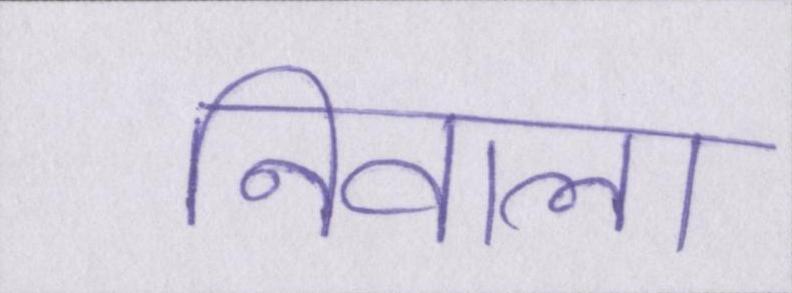
निवाला